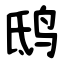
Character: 鸱